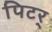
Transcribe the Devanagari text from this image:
पिटर्